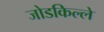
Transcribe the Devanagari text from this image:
जोडकिल्ले